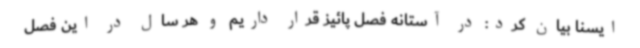
ایسنا بیان کرد: در آستانه فصل پائیز قرار داریم و هر سال در این فصل